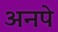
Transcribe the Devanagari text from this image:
अनपे